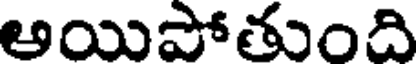
అయిపోతుంది